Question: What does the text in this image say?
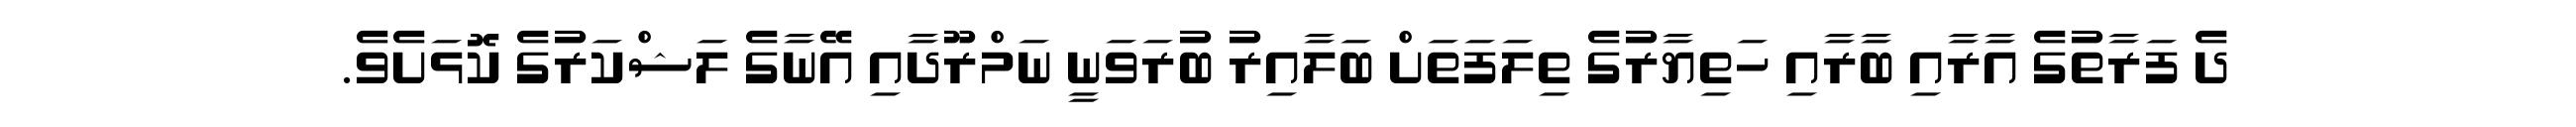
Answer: ދެ ފަރާތުގެ އާރާއި ބާރާއި ހަތިޔާރުގެ ތިލަފަތަށް ބަލާއިރު ބުރަވަނީ ނަމްރޫދާއި އޭނާގެ ލަޝްކަރުގެ ކޮޅަށެވެ.